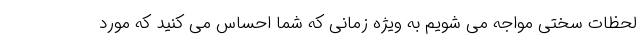
لحظات سختی مواجه می شویم به ویژه زمانی که شما احساس می کنید که مورد